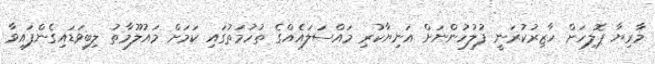
މާރިޔާ ޕޮލިހަށް ހާޒިރުކުރަނީ ފުލުހުންނަށް އަނިޔާކުރި މައްސަލައެއްގެ ތުހުމަތުގައި ކަމަށް މައުލޫމާތު ލިބިވަޑައިގެންފައިވާ